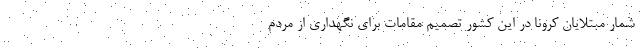
شمار مبتلایان کرونا در این کشور تصمیم مقامات برای نگهداری از مردم